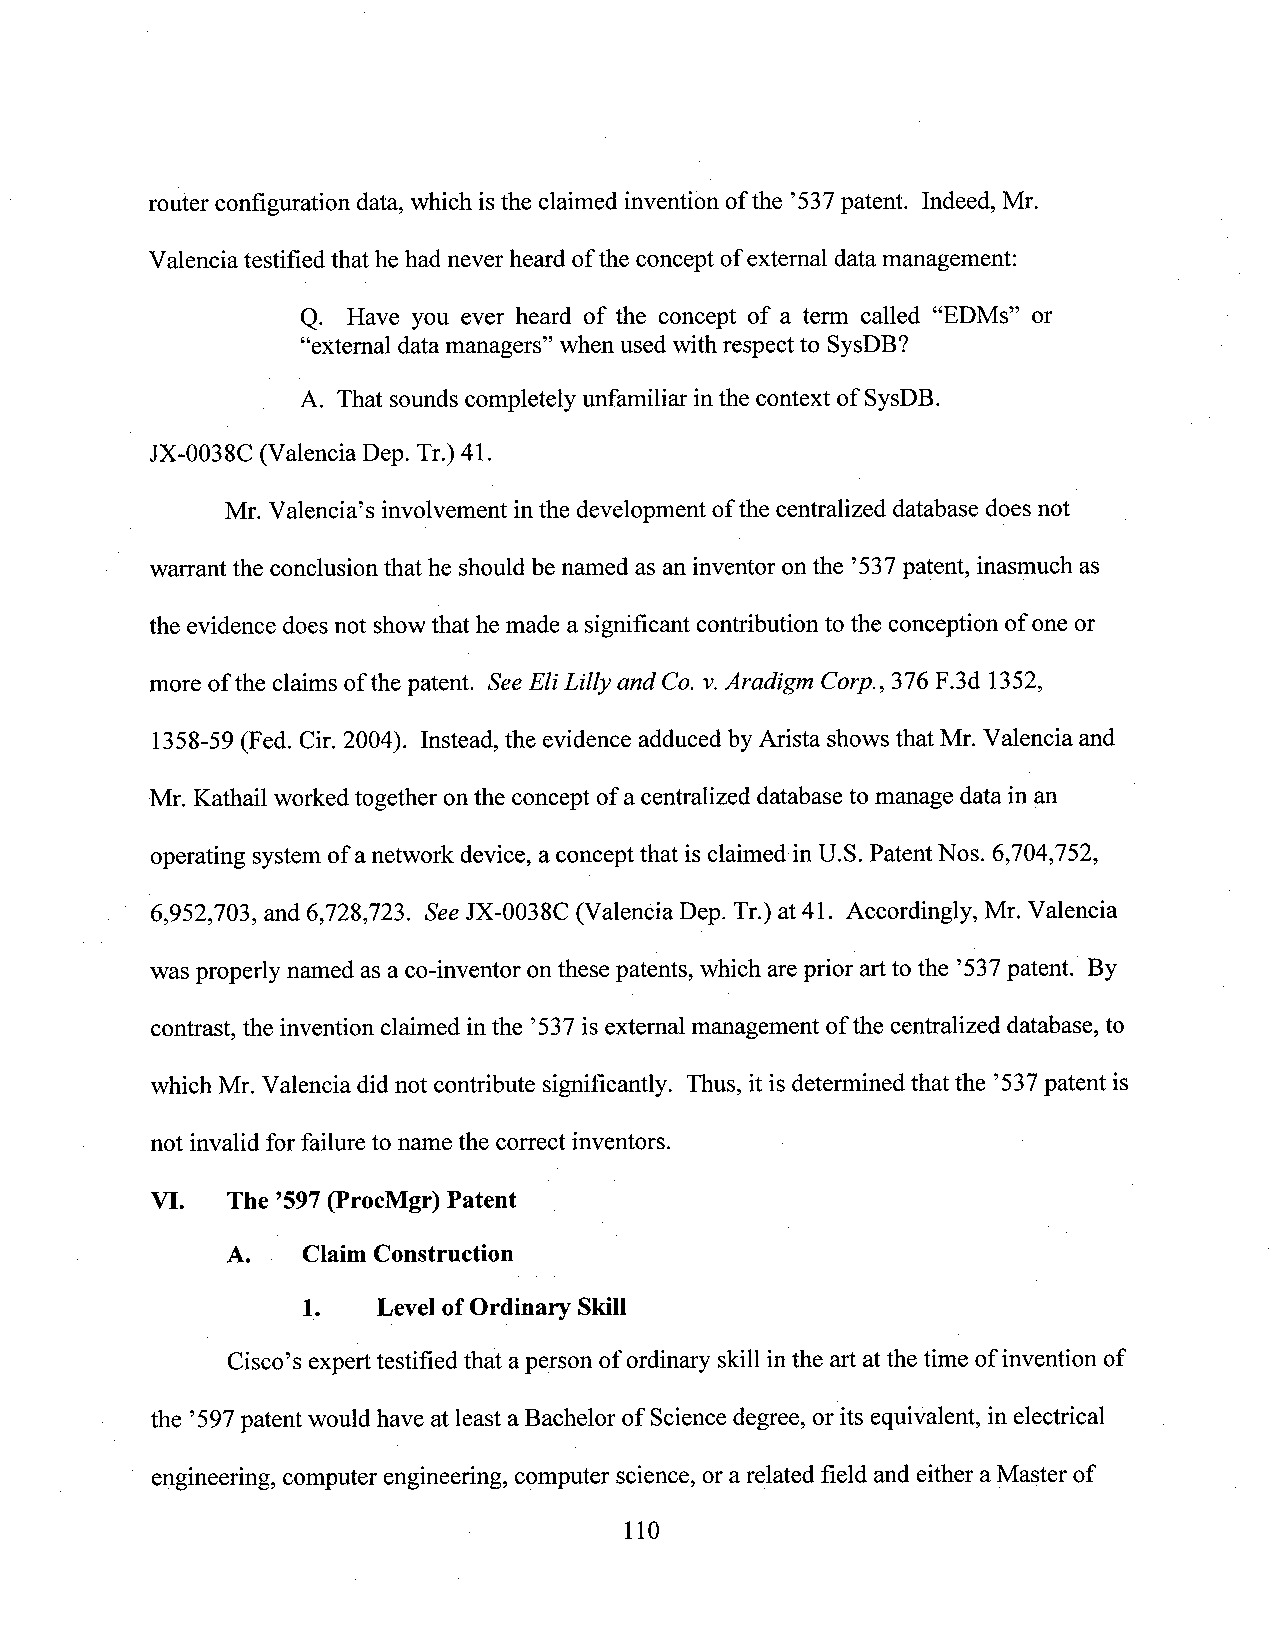
router configuration data, which isthe claimed invention ofthe ’537patent. Indeed, Mr.
 Valenciatestified that hehadneverheard ofthe concept ofextemal datamanagement:
 Q. Have you ever heard of the concept of a term called “EDMs” or
 “extemal data managers” when used with respect to SysDB?
 A. That sounds completely unfamiliar in the context of SysDB.
 IX-0038C (Valencia Dep. Tr.)41.
 Mr. Valencia’s involvement inthe development ofthe centralized database doesnot
 warrant the conclusion that he should benamed as an inventor onthe ’537patent, inasmuch as
 the evidence does not showthat he made a significant contribution to the conception ofone or
 more of the claims of the patent. SeeEli Lillyand C0. v.Aradigm Corp, 376F.3d 1352,
 1358-59 (Fed. Cir.2004). Instead, the evidence adduced by Arista shows that Mr. Valencia and
 Mr. Kathail worked together onthe concept of acentralized database to manage data in an
 operating system ofanetwork device, a concept that is claimed inU.S. Patent Nos. 6,704,752,
 6,952,703, and 6,728,723. SeeJX-0038C (Valencia Dep. Tr.) at41. Accordingly, Mr. Valencia
 was properly named as a co-inventor on these patents, which areprior art to the ’537patent.) By
 contrast, the invention claimed in the ’537is external management of the centralized database, to
 which Mr. Valencia did not contribute significantly. Thus, it is determined that the ’537patent is
 not invalid for failure to name the correct inventors. 4
 VI.  The ’597(ProcMgr) Patent _
 A.   ClaimConstruction
 1.   LevelofOrdinary Skill
 Cisco’sexperttestified that aperson of ordinary skillinthe artatthe time ofinvention of
 the "597patent would have at least a Bachelor of Sciencedegree, or its equivalent, in electrical
 engineering, computerengineering, computer science, orarelated field and either a Master of
 -         110